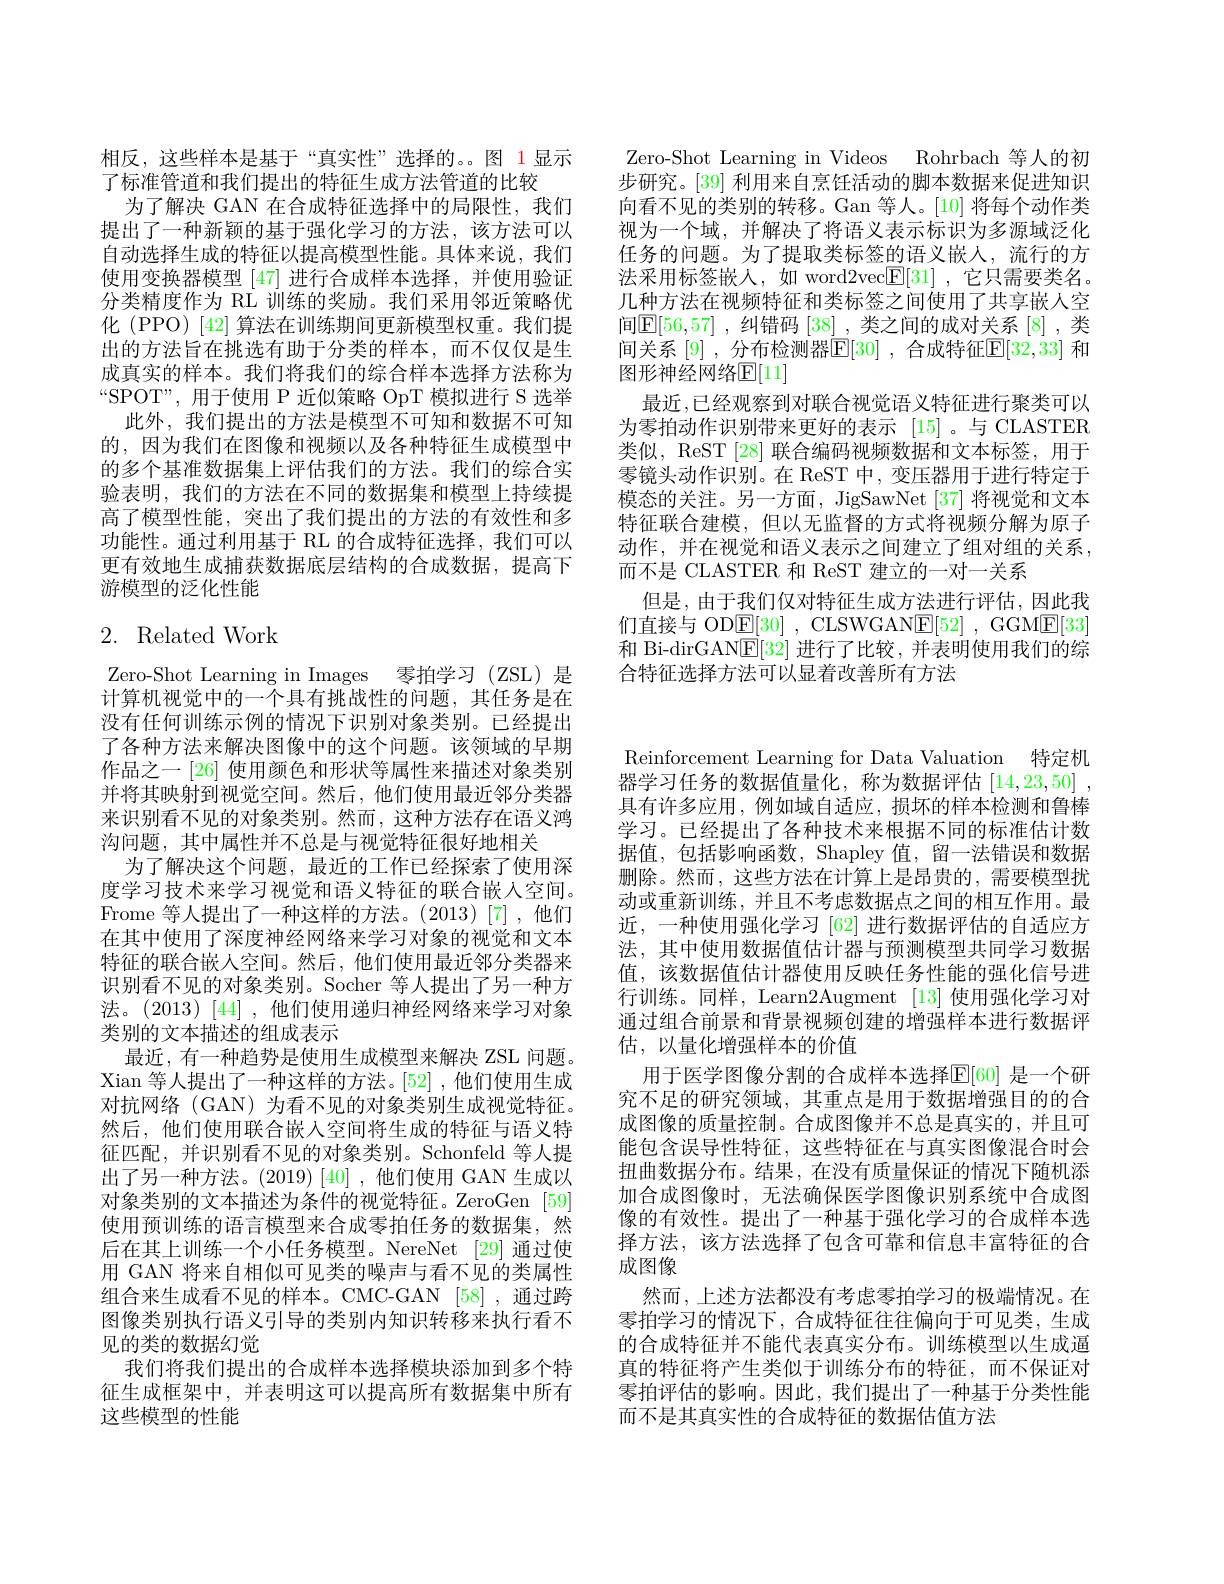
相反，这些样本是基于“真实性”选择的。图 1显示
了标准管道和我们提出的特征生成方法管道的比较
为了解决 GAN 在合成特征选择中的局限性，我们提出了一种新颖的基于强化学习的方法，该方法可以自动选择生成的特征以提高模型性能。具体来说，我们使用变换器模型 [47] 进行合成样本选择，并使用验证分类精度作为 RL 训练的奖励。我们采用邻近策略优化 (PPO) [42] 算法在训练期间更新模型权重。我们提出的方法旨在挑选有助于分类的样本，而不仅仅是生成真实的样本。我们将我们的综合样本选择方法称为$“$SPOT",用于使用 P 近似策略 OpT 模拟进行 S 选举
此外，我们提出的方法是模型不可知和数据不可知的，因为我们在图像和视频以及各种特征生成模型中的多个基准数据集上评估我们的方法。我们的综合实验表明，我们的方法在不同的数据集和模型上持续提高了模型性能，突出了我们提出的方法的有效性和多功能性。通过利用基于 RL 的合成特征选择，我们可以更有效地生成捕获数据底层结构的合成数据，提高下游模型的泛化性能

# 2. Related Work

Zero-Shot Learning in Images 零拍学习 (ZSL) 是计算机视觉中的一个具有挑战性的问题，其任务是在没有任何训练示例的情况下识别对象类别。已经提出了各种方法来解决图像中的这个问题。该领域的早期作品之一[26]使用颜色和形状等属性来描述对象类别并将其映射到视觉空间。然后，他们使用最近邻分类器来识别看不见的对象类别。然而，这种方法存在语义鸿沟问题，其中属性并不总是与视觉特征很好地相关
为了解决这个问题，最近的工作已经探索了使用深度学习技术来学习视觉和语义特征的联合嵌入空间。Frome 等人提出了一种这样的方法。(2013)[7],他们在其中使用了深度神经网络来学习对象的视觉和文本特征的联合嵌人空间。然后，他们使用最近邻分类器来识别看不见的对象类别。Socher 等人提出了另一种方法。(2013)[44],他们使用递归神经网络来学习对象类别的文本描述的组成表示
最近，有一种趋势是使用生成模型来解决 ZSL 问题。Xian 等人提出了一种这样的方法。[52] ,他们使用生成对抗网络 (GAN) 为看不见的对象类别生成视觉特征。然后，他们使用联合嵌入空间将生成的特征与语义特征匹配，并识别看不见的对象类别。Schonfeld 等人提出了另一种方法。(2019)[40],他们使用 GAN 生成以对象类别的文本描述为条件的视觉特征。ZeroGen [59] 使用预训练的语言模型来合成零拍任务的数据集，然后在其上训练一个小任务模型。NereNet [29] 通过使用 GAN 将来自相似可见类的噪声与看不见的类属性组合来生成看不见的样本。CMC-GAN [58] ,通过跨图像类别执行语义引导的类别内知识转移来执行看不见的类的数据幻觉
我们将我们提出的合成样本选择模块添加到多个特征生成框架中，并表明这可以提高所有数据集中所有这些模型的性能

Zero-Shot Learning in Videos Rohrbach 等人的初步研究。[39] 利用来自烹饪活动的脚本数据来促进知识向看不见的类别的转移。Gan 等人。[10]将每个动作类视为一个域，并解决了将语义表示标识为多源域泛化任务的问题。为了提取类标签的语义嵌人，流行的方法采用标签嵌人，如 word2vec$\boxed{\mathrm{F}}[31]$ ,它只需要类名。几种方法在视频特征和类标签之间使用了共享嵌人空间$\mathbb{E}[56,57]$ ,纠错码 [38] ,类之间的成对关系 [8] ,类间关系 [9] ,分布检测器$\mathbb{E}[30]$ ,合成特征$\mathbb{E}[32,33]$ 和图形神经网络$\mathbb{E}[11]$
最近，已经观察到对联合视觉语义特征进行聚类可以为零拍动作识别带来更好的表示 [15]。与 CLASTER 类似，ReST[28] 联合编码视频数据和文本标签，用于零镜头动作识别。在 ReST 中，变压器用于进行特定于模态的关注。另一方面，JigSawNet[37] 将视觉和文本特征联合建模，但以无监督的方式将视频分解为原子动作，并在视觉和语义表示之间建立了组对组的关系， 而不是 CLASTER 和 ReST 建立的一对一关系
但是，由于我们仅对特征生成方法进行评估，因此我们直接与 OD$\underline {\mathrm{E} }[ 30]$ , CLSWGAN$\underline {\mathrm{E} }[ 52]$ , GGME[33] 和 Bi-dirGAN$\mathbb{E}[32]$进行了比较，并表明使用我们的综合特征选择方法可以显着改善所有方法

Reinforcement Learning for Data Valuation 特定机器学习任务的数据值量化，称为数据评估[14,23,50] , 具有许多应用，例如域自适应，损坏的样本检测和鲁棒学习。已经提出了各种技术来根据不同的标准估计数据值，包括影响函数，Shapley 值，留一法错误和数据删除。然而，这些方法在计算上是昂贵的，需要模型扰动或重新训练，并且不考虑数据点之间的相互作用。最近，一种使用强化学习 [62] 进行数据评估的自适应方法，其中使用数据值估计器与预测模型共同学习数据值，该数据值估计器使用反映任务性能的强化信号进行训练。同样，Learn2Augment [13] 使用强化学习对通过组合前景和背景视频创建的增强样本进行数据评估，以量化增强样本的价值
用于医学图像分割的合成样本选择$\operatorname{E}[60]$ 是一个研究不足的研究领域，其重点是用于数据增强目的的合成图像的质量控制。合成图像并不总是真实的，并且可能包含误导性特征，这些特征在与真实图像混合时会扭曲数据分布。结果，在没有质量保证的情况下随机添加合成图像时，无法确保医学图像识别系统中合成图像的有效性。提出了一种基于强化学习的合成样本选择方法，该方法选择了包含可靠和信息丰富特征的合成图像
然而，上述方法都没有考虑零拍学习的极端情况。在

零拍学习的情况下，合成特征往往偏向于可见类，生成的合成特征并不能代表真实分布。训练模型以生成逼真的特征将产生类似于训练分布的特征，而不保证对零拍评估的影响。因此，我们提出了一种基于分类性能而不是其真实性的合成特征的数据估值方法